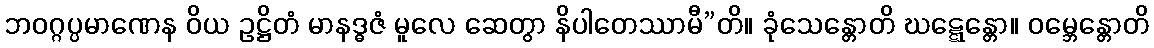
ဘဝဂ္ဂပ္ပမာဏေန ဝိယ ဥဋ္ဌိတံ မာနဒ္ဓဇံ မူလေ ဆေတွာ နိပါတေဿာမီ”တိ။ ခုံသေန္တောတိ ဃဋ္ဋေန္တော။ ဝမ္ဘေန္တောတိ